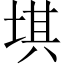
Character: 㙋